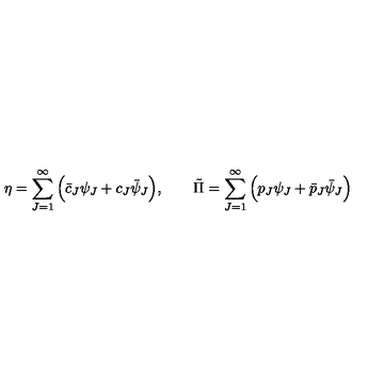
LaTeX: \eta = \sum _ { J = 1 } ^ { \infty } \Big ( \bar { c } _ { J } \psi _ { J } + c _ { J } \bar { \psi } _ { J } \Big ) , \qquad \tilde { \Pi } = \sum _ { J = 1 } ^ { \infty } \Big ( { p } _ { J } \psi _ { J } + \bar { p } _ { J } \bar { \psi } _ { J } \Big )